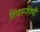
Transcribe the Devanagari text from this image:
शिवरूपिणी